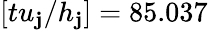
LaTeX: [tu_{\mathbf{j}}/h_{\mathbf{j}}]=85.037